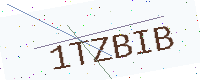
Text: 1TZBIB